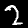
Label: 2